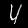
Label: 4